Indian journal of veterinary science and animal husbandry - Volume 11,
Year: 1941
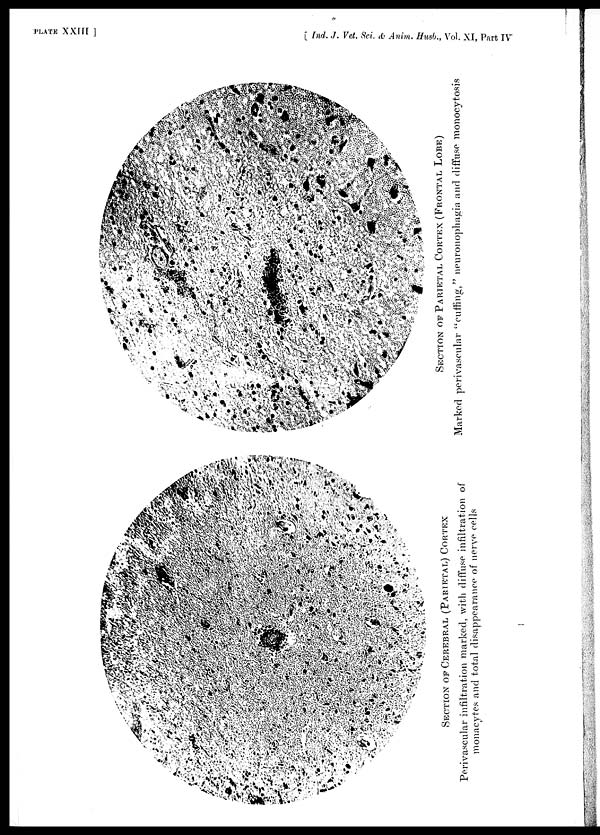
PLATE XXIII ]
[ Ind. J. Vet. Sci. & Anim. Husb., Vol. XI, Part IV
SECTION OF CEREBRAL (PARIETAL) CORTEX
Perivascular infiltration marked, with diffuse infiltration of
monaeytes and total disappearance of nerve cells
SECTION OF PARIETAL CORTEX (FRONTAL LOBE)
Marked perivascular "cuffing," neuronophagia and diffuse monocytosis